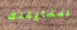
لمضايقتك